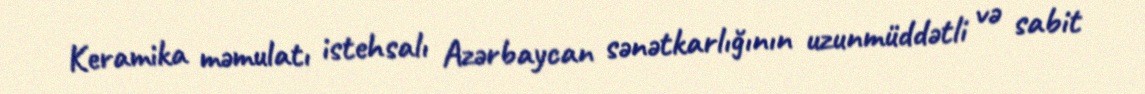
Keramika məmulatı istehsalı Azərbaycan sənətkarlığının uzunmüddətli və sabit